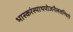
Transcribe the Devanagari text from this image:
भास्करंस्याथयोजनैलतन्मिरो